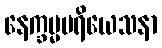
နေက္ခမ္မပရိယေသနာ